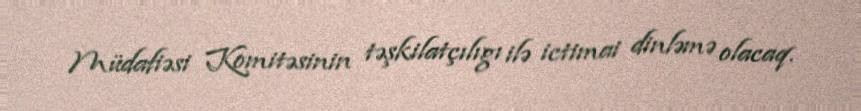
Müdafiəsi Komitəsinin təşkilatçılıgı ilə ictimai dinləmə olacaq.